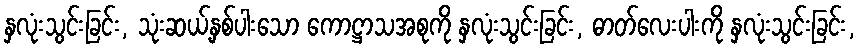
နှလုံးသွင်းခြင်း, သုံးဆယ့်နှစ်ပါးသော ကောဋ္ဌာသအစုကို နှလုံးသွင်းခြင်း, ဓာတ်လေးပါးကို နှလုံးသွင်းခြင်း,